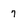
Character: 7